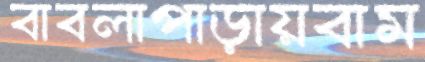
বাবলাপাড়ায়বাম